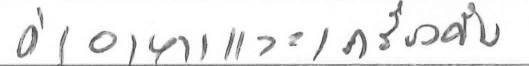
ค่าอาหารและเครื่องดื่ม